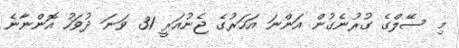
މި ސޭލްގެ ގުރުނެގުން އަންނަ އަހަރުގެ ޖެނުއަރީ 31 ވަނަ ދުވަހު އޮންނާނެ